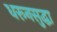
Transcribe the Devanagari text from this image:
धरूनसुद्धा